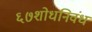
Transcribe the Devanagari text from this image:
६७शोधनिवंध